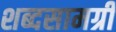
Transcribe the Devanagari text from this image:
शब्दसामग्री